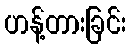
ဟန့်တားခြင်း